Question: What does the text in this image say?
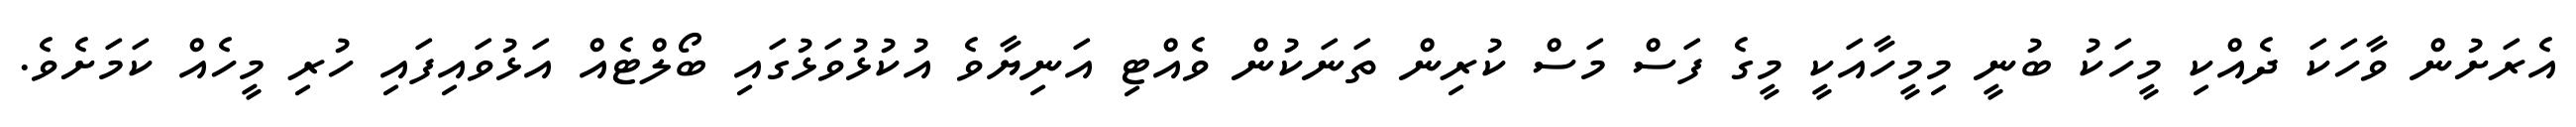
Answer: އެރަށުން ވާހަކަ ދެއްކި މީހަކު ބުނީ މިމީހާއަކީ މީގެ ފަސް މަސް ކުރިން ތަނަކުން ވެއްޓި އަނިޔާވެ އުކުޅުވަޅުގައި ބޯލްޓެއް އަޅުވައިފައި ހުރި މީހެއް ކަމަށެވެ.